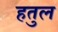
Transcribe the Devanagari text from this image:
हतुल